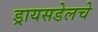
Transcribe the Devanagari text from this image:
ड्रायसडेलचे